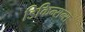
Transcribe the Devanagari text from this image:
डिकिन्सन्स